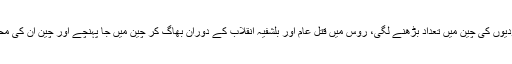
بیسویں صدی میں یہودیوں کی چین میں تعداد بڑھنے لگی، روس میں قتل عام اور بلشفیہ انقلاب کے دوران بھاگ کر چین میں جا پہنچے اور چین ان کی محفوظ پناہ گاہ ثابت ہوا۔